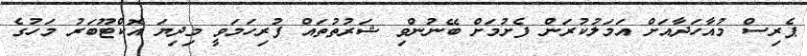
ޕެރިސް މުއާހަދާއަށް އަމަލުކުރަން ފެށުމަށް ބޭނުންވި ޝަރުތުތައް ފުރިހަމަވީ މިދިޔަ އޮކްޓޫބަރު މަހުގެ